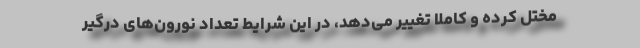
مختل کرده و کاملا تغییر می‌دهد، در این شرایط تعداد نورون‌های درگیر